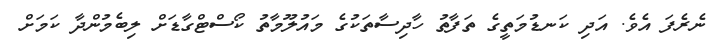
ނެރެފަ އެވެ. އަދި ކަނޑުމަތީގެ ތަފާތު ހާދިސާތަކުގެ މައުލޫމާތު ކޯސްޓްގާޑަށް ލިބެމުންދާ ކަމަށް